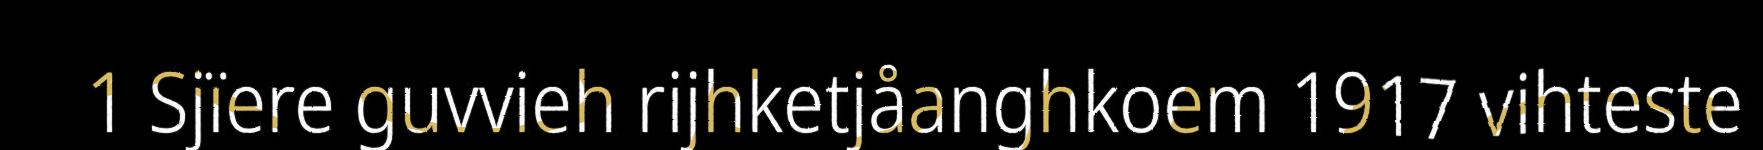
1 Sjïere guvvieh rijhketjåanghkoem 1917 vihteste